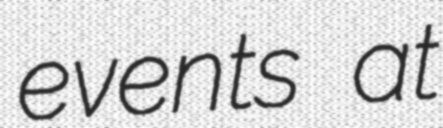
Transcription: events at